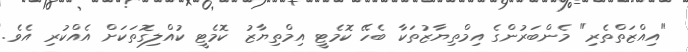
"އިއްޒަތްތެރި" މެންބަރުންގެ އިމްތިޔާޒުތަކާ ބެހޭ ކޮމެޓީ އިމްތިޔާޒު ކޮމެޓީ ކުއްލިގޮތަކަށް އެއްކުރި އެވެ.